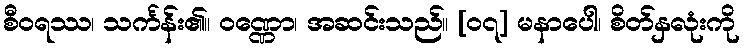
စီဝရဿ၊ သင်္ကန်း၏။ ဝဏ္ဏော၊ အဆင်းသည်။ [၀၇] မနာပေါ၊ စိတ်နှလုံးကို